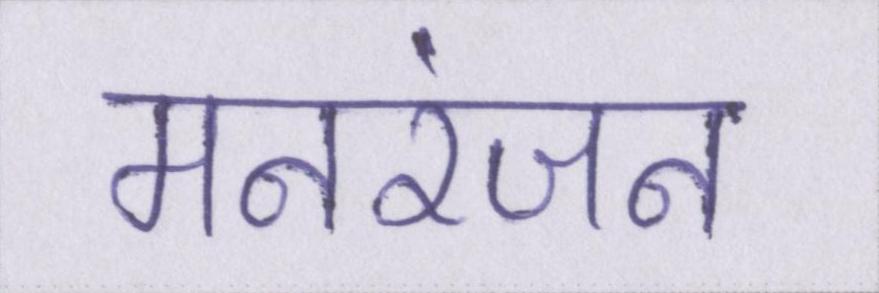
मनरंजन